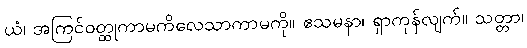
ယံ၊ အကြင်ဝတ္ထုကာမကိလေသာကာမကို။ ဧသမနာ၊ ရှာကုန်လျက်။ သတ္တာ၊